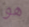
هو